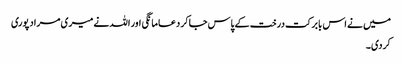
میں نے اس بابرکت درخت کے پاس جاکر دعا مانگی اور اللہ نے میری مراد پوری
کردی۔